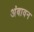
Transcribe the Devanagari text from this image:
अंबावन